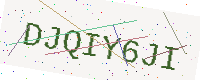
Text: DJQIY6JI